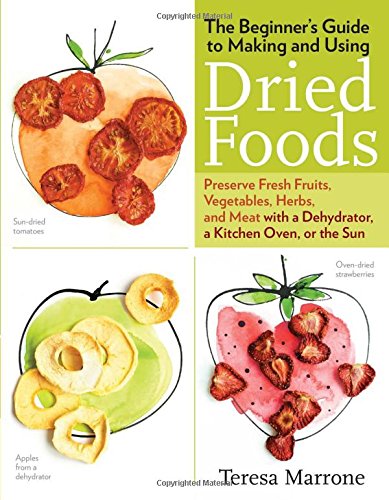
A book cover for The Beginner's Guide to Making and Using Dried Foods: Preserve Fresh Fruits, Vegetables, Herbs, and Meat with a Dehydrator, a Kitchen Oven, or the Sun; Teresa Marrone; Cookbooks, Food & Wine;